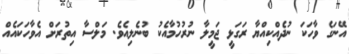
އޭނަގެ ވާހަކަ ނުދެއްކިއްޔާ ރަގަޅީ ޖަމީލާ ނުރުހުމާއެކު ބުނެލިއެވެ. މަލްސާ އިތުރަށް އެވާހަކައެއް